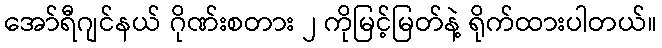
အော်ရီဂျင်နယ် ဂိုဏ်းစတား ၂ ကိုမြင့်မြတ်နဲ့ ရိုက်ထားပါတယ်။